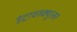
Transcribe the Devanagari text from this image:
इंट्रावस्क्युलर